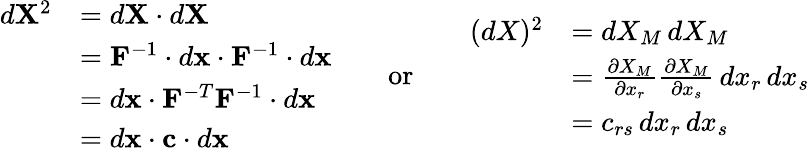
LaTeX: {\begin{array}{rl}{d\mathbf{X}^{2}}&{=d\mathbf{X}\cdot d\mathbf{X}}\\ &{=\mathbf{F}^{-1}\cdot d\mathbf{x}\cdot\mathbf{F}^{-1}\cdot d\mathbf{x}}\\ &{=d\mathbf{x}\cdot\mathbf{F}^{-T}\mathbf{F}^{-1}\cdot d\mathbf{x}}\\ &{=d\mathbf{x}\cdot\mathbf{c}\cdot d\mathbf{x}}\end{array}}\qquad{\mathrm{or}}\qquad{\begin{array}{rl}{(dX)^{2}}&{=dX_{M}\, dX_{M}}\\ &{={\frac{\partial X_{M}}{\partial x_{r}}}{\frac{\partial X_{M}}{\partial x_{s}}}\, dx_{r}\, dx_{s}}\\ &{=c_{rs}\, dx_{r}\, dx_{s}}\end{array}}